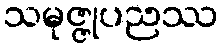
သမုဇ္ဇုပညဿ